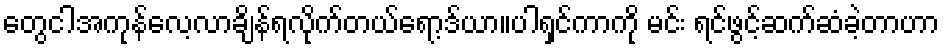
တွေငါအကုန်လေ့လာချိန်ရလိုက်တယ်ရော့ဒ်ယာ။ပါရှင်ကာကို မင်း ရင်ဖွင့်ဆက်ဆံခဲ့တာဟာ